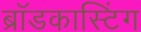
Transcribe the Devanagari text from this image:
ब्राॅडकास्टिंग